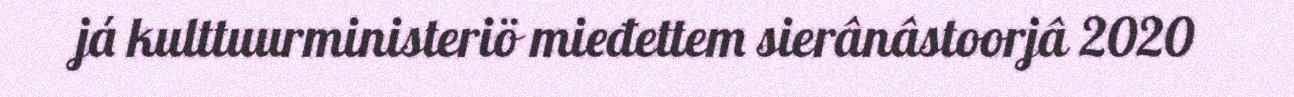
já kulttuurministeriö mieđettem sierânâstoorjâ 2020